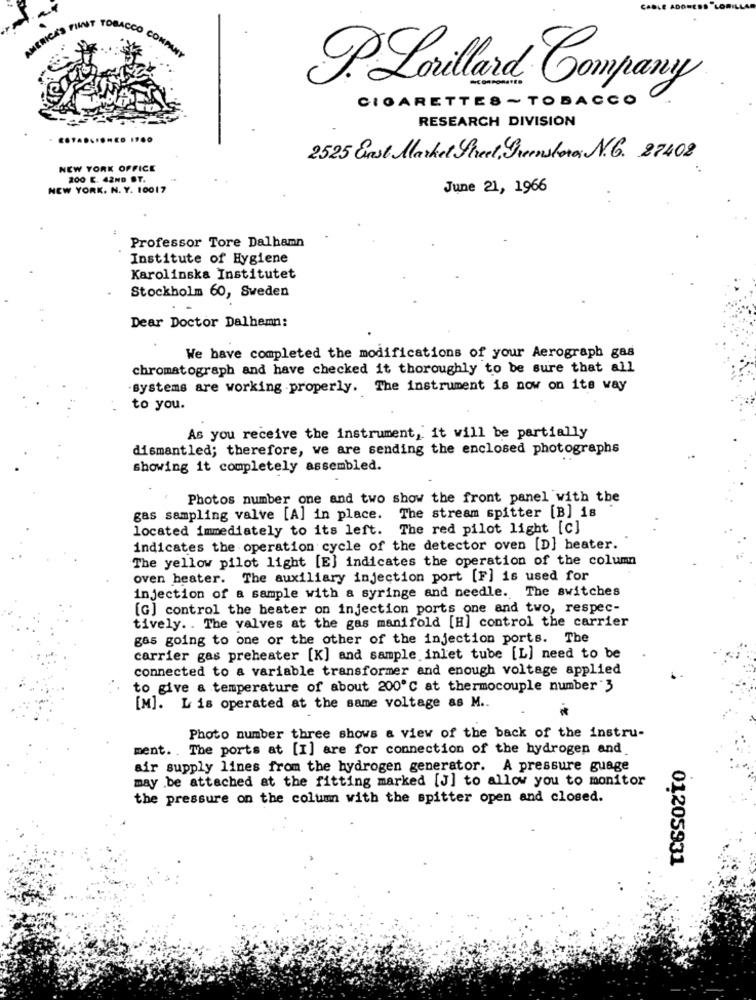
P.Lorillard Company
CIGARETTES ~ TOBACCO
RESEARCH DIVISION
...... ED 1700
2525 East Market Street, Greenstores N. 27408
NEW YORK OFFICE
200 E. 42ND ST.
NEW YORK. N. Y. 10017
June 21, 1966
Professor Tore Dalhamn
Institute of Hygiene
Karolinska Institutet
Stockholm 60, Sweden
Dear Doctor Dalhemn:
We have completed the modifications of your Aerograph gas
chromatograph and have checked it thoroughly to be sure that all
systems are working properly. The instrument is now on its way
to you.
As you receive the instrument, it will be partially
dismantled; therefore, we are sending the enclosed photographs
showing it completely assembled.
Photos number one and two show the front panel with the
gas sampling valve [A] in place. The stream spitter [B] is
located immediately to its left. The red pilot light [c]
indicates the operation cycle of the detector oven [D] heater.
The yellow pilot light [E] indicates the operation of the column
oven heater. The auxiliary injection port [F] is used for
injection of a sample with a syringe and needle. The switches
[G] control the beater on injection ports one and two, respec-
tively. . The valves at the gas manifold [H] control the carrier
gas going to one or the other of the injection ports. The
carrier gas preheater [K] and sample inlet tube [L] need to be
connected to a variable transformer and enough voltage applied
to give a temperature of about 200℃ at thermocouple number 3
[M]. L is operated at the same voltage as M ..
Photo number three shows a view of the back of the instru-
ment. . The ports at [I] are for connection of the hydrogen and
air supply lines from the hydrogen generator. A pressure guage
may be attached at the fitting marked [J] to allow you to monitor
the pressure on the column with the spitter open and closed.
01205931